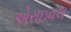
એરાઇવલ